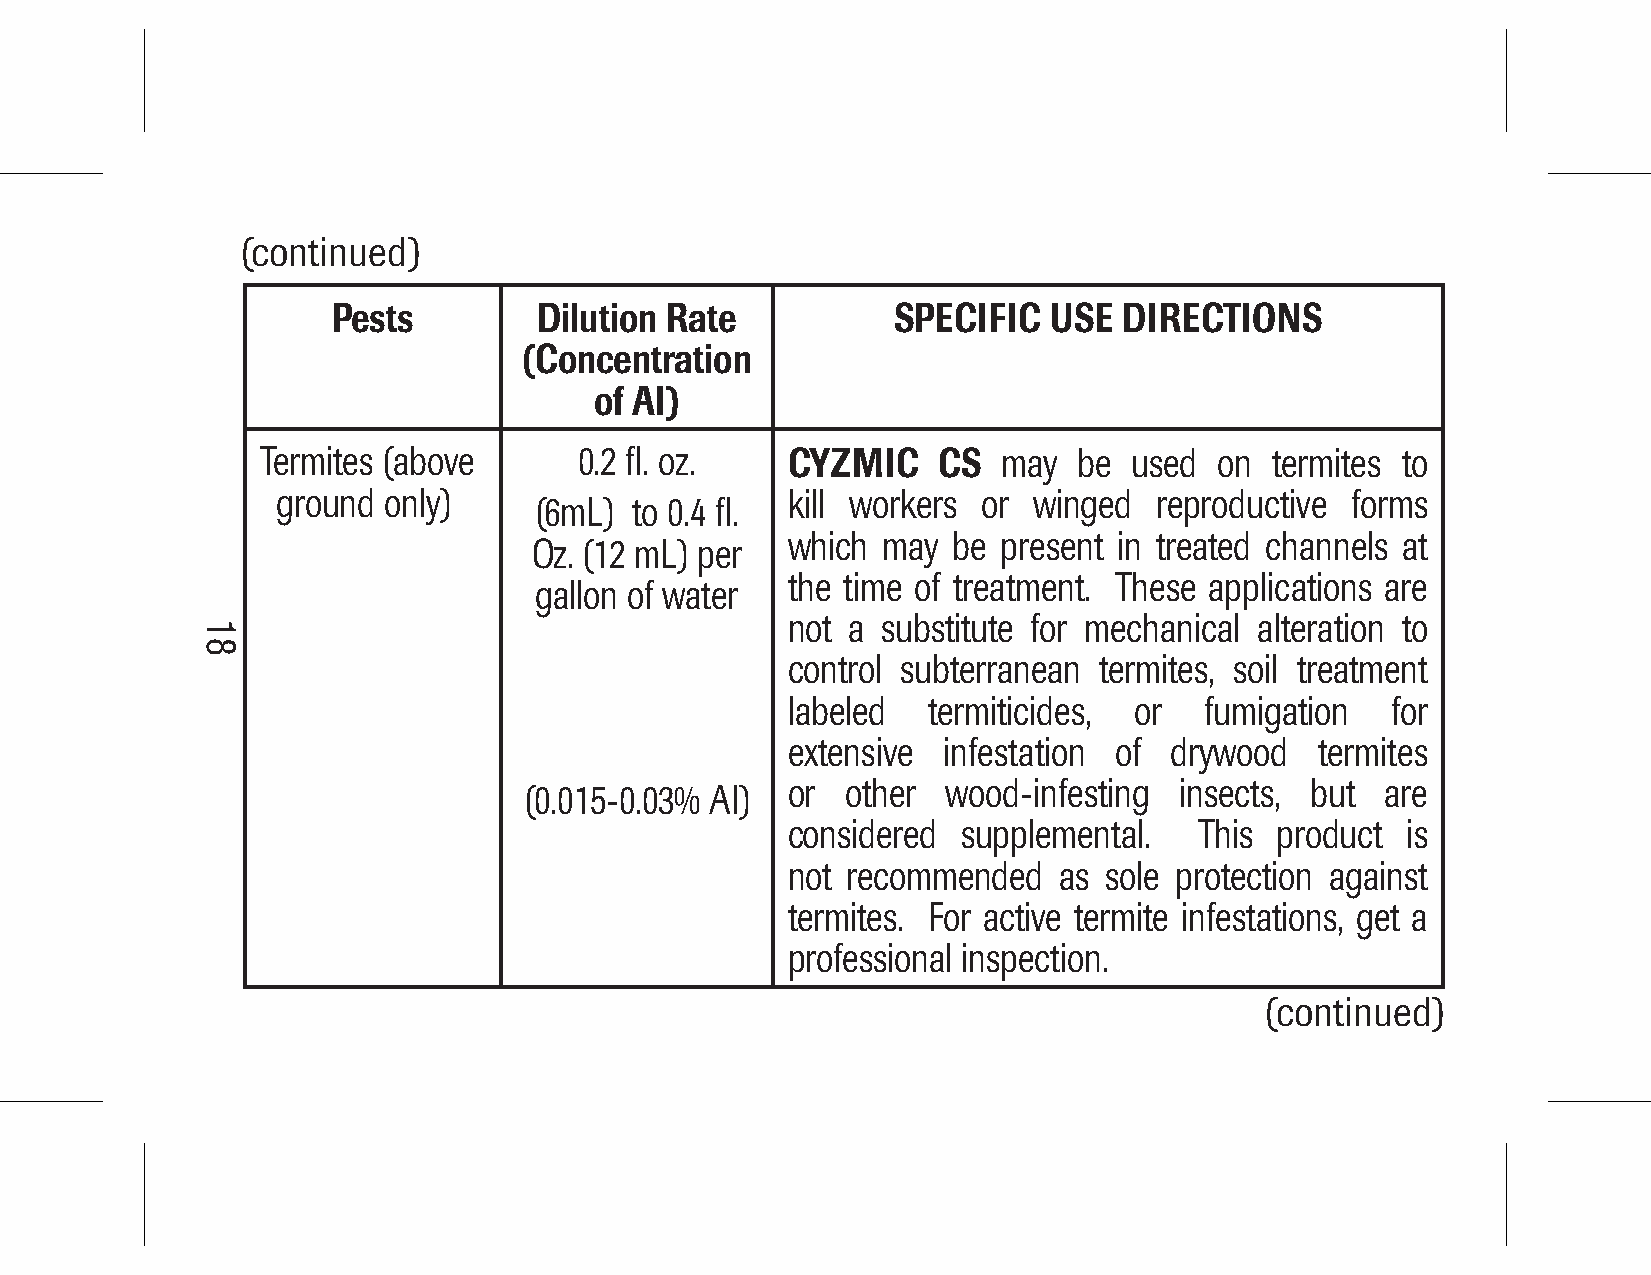
(continued)
 Pests         Dilution Rate          SPECIFIC   USE DIRECTIONS
 (Concentration
 of AI)
 Termites (above      0.2 fl. oz.   CYZMIC    CS  may  be  used  on termites to
 ground only)                      kill workers or winged   reproductive forms
 (6mL)  to 0.4 fl.
 which may  be present in treated channels at
 Oz. (12 mL) per
 the time of treatment. These applications are
 gallon of water
 not a substitute for mechanical alteration to
 control subterranean termites, soil treatment
 labeled  termiticides, or   fumigation  for
 extensive infestation of drywood   termites
 or  other  wood-infesting insects, but  are
 (0.015-0.03% AI)
 considered  supplemental.  This  product is
 not recommended   as sole protection against
 termites. For active termite infestations, get a
 professional inspection.
 (continued)
 18